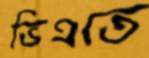
ভিএতে